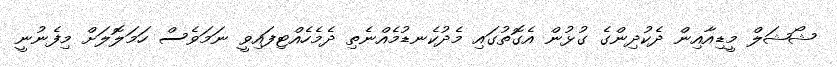
ޝޯޝަލް މީޑިއާއިން ދެކުދިންގެ ގުޅުން އެގޮތުގައި މެދުކެނޑުމެއްނެތި ދެމެހެއްޓިފައިވީ ނަމަވެސް ހަމަލޮލަށް މިފެނުނީ